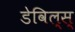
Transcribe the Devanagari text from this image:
डेविल्स्